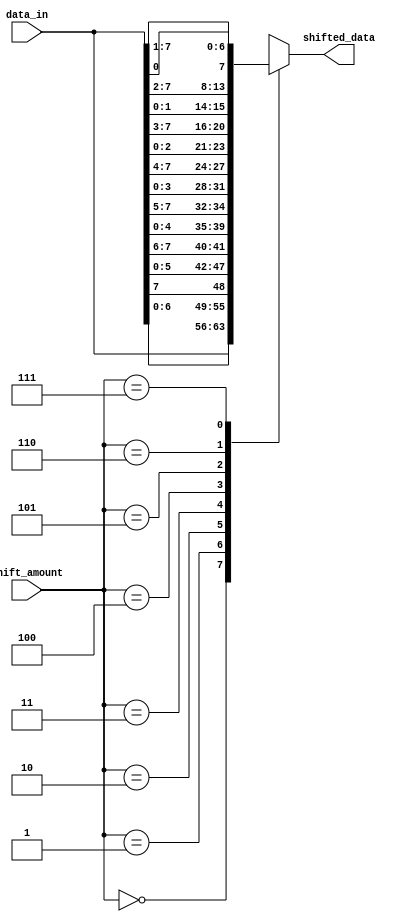
module BarrelShifter (
    input [7:0] data_in,
    input [2:0] shift_amount,
    output reg [7:0] shifted_data
);

// Binary Tree Barrel Shifter Implementation 

// Define the binary tree structure for shift operations
always @*
begin
    case(shift_amount)
        3'b000: shifted_data = data_in;
        3'b001: shifted_data = {data_in[6:0], data_in[7]};
        3'b010: shifted_data = {data_in[5:0], data_in[7:6]};
        3'b011: shifted_data = {data_in[4:0], data_in[7:5]};
        3'b100: shifted_data = {data_in[3:0], data_in[7:4]};
        3'b101: shifted_data = {data_in[2:0], data_in[7:3]};
        3'b110: shifted_data = {data_in[1:0], data_in[7:2]};
        3'b111: shifted_data = {data_in[0], data_in[7:1]};
    endcase
end

endmodule